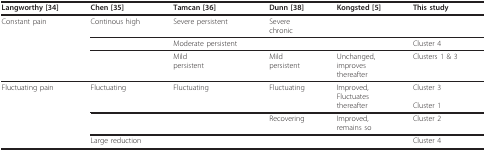
| Langworthy [34] | Chen [35] | Tamcan [36] | Dunn [38] | Kongsted [5] | This study |
 | --- | --- | --- | --- | --- | --- |
 | Constant pain | Continous high | Severe persistent | Severechronic |  |  |
 |  |  | Moderate persistent |  |  | Cluster 4 |
 |  |  | Mildpersistent | Mildpersistent | Unchanged,improvesthereafter | Clusters 1 & 3 |
 | Fluctuating pain | Fluctuating | Fluctuating | Fluctuating | Improved,Fluctuatesthereafter | Cluster 3Cluster 1 |
 |  |  |  | Recovering | Improved,remains so | Cluster 2 |
 |  | Large reduction |  |  |  | Cluster 4 |